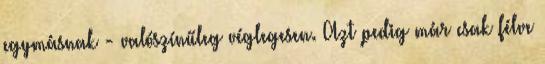
egymásnak - valószínűleg véglegesen. Azt pedig már csak félve